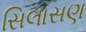
સિલાસણ